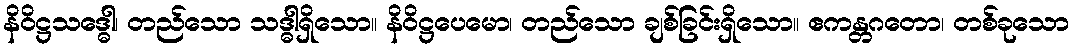
နိဝိဋ္ဌသဒ္ဓေါ၊ တည်သော သဒ္ဓါရှိသော။ နိဝိဋ္ဌပေမော၊ တည်သော ချစ်ခြင်းရှိသော။ ဧကန္တဂတော၊ တစ်ခုသော